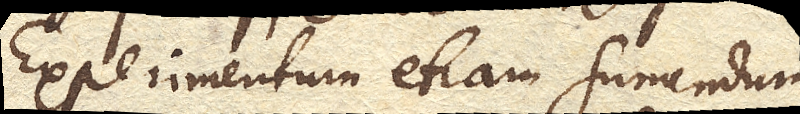
Experimentum etiam sumendum